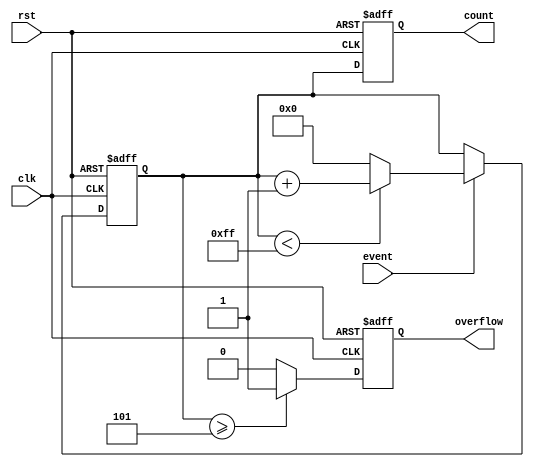
module windowed_counter #(
    parameter WINDOW_SIZE = 8,      // Configurable window size
    parameter THRESHOLD = 5          // Predefined threshold for overflow
)(
    input wire clk,                  // Clock signal
    input wire rst,                  // Asynchronous reset
    input wire event,                // Event signal to increment the counter
    output reg [WINDOW_SIZE-1:0] count, // Current count value
    output reg overflow              // Overflow flag
);

    // Internal counter register
    reg [WINDOW_SIZE-1:0] internal_count;

    // Asynchronous reset and counter logic
    always @(posedge clk or posedge rst) begin
        if (rst) begin
            internal_count <= 0;      // Reset the counter
            count <= 0;               // Clear output count
            overflow <= 0;            // Clear overflow flag
        end else begin
            // Increment the counter on event
            if (event) begin
                if (internal_count < (1 << WINDOW_SIZE) - 1) begin
                    internal_count <= internal_count + 1; // Increment count
                end else begin
                    internal_count <= 0; // Wrap around
                end
            end
            
            // Update the output count
            count <= internal_count;

            // Check for overflow condition
            if (internal_count >= THRESHOLD) begin
                overflow <= 1; // Set overflow flag
            end else begin
                overflow <= 0; // Clear overflow flag
            end
        end
    end

endmodule